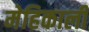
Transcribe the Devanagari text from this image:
मेहिकाली